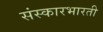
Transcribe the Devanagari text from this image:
संस्कारभारती